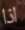
اذا